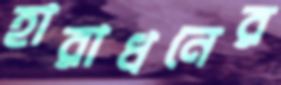
হারাধনের